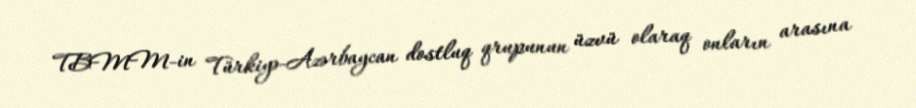
TBMM-in Türkiyə-Azərbaycan dostluq qrupunun üzvü olaraq onların arasına